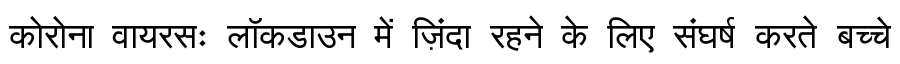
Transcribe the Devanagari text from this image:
कोरोना वायरसः लॉकडाउन में ज़िंदा रहने के लिए संघर्ष करते बच्चे